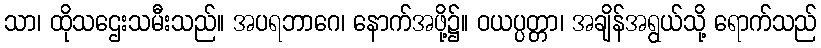
သာ၊ ထိုသဌေးသမီးသည်။ အပရဘာဂေ၊ နောက်အဖို့၌။ ဝယပ္ပတ္တာ၊ အချိန်အရွယ်သို့ ရောက်သည်